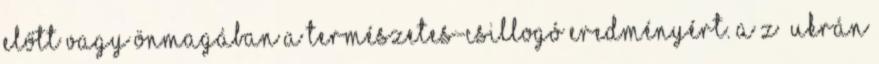
előtt vagy önmagában a természetes-csillogó eredményért. A z „Ukrán